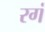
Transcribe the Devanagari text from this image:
रगं